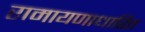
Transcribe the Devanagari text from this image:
रामायणाधारित